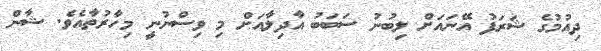
ދިއުމުގެ ޝަރަފު އޭނައަށް ލިބުނު ސަބަބު އާދިލާއަށް މި ވިސްނުނީ މިހާރުތާއެވެ. ޝާން